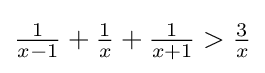
{\tfrac {1}{x-1}}+{\tfrac {1}{x}}+{\tfrac {1}{x+1}}>{\tfrac {3}{x}}